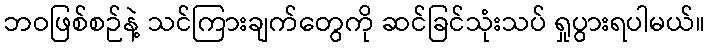
ဘဝဖြစ်စဉ်နဲ့ သင်ကြားချက်တွေကို ဆင်ခြင်သုံးသပ် ရှုပွားရပါမယ်။